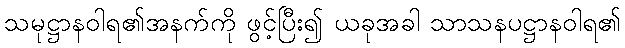
သမုဋ္ဌာနဝါရ၏အနက်ကို ဖွင့်ပြီး၍ ယခုအခါ သာသနပဋ္ဌာနဝါရ၏